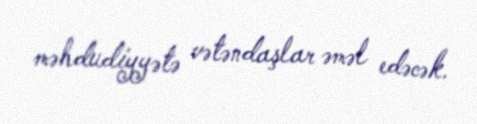
məhdudiyyətə vətəndaşlar əməl edəcək.